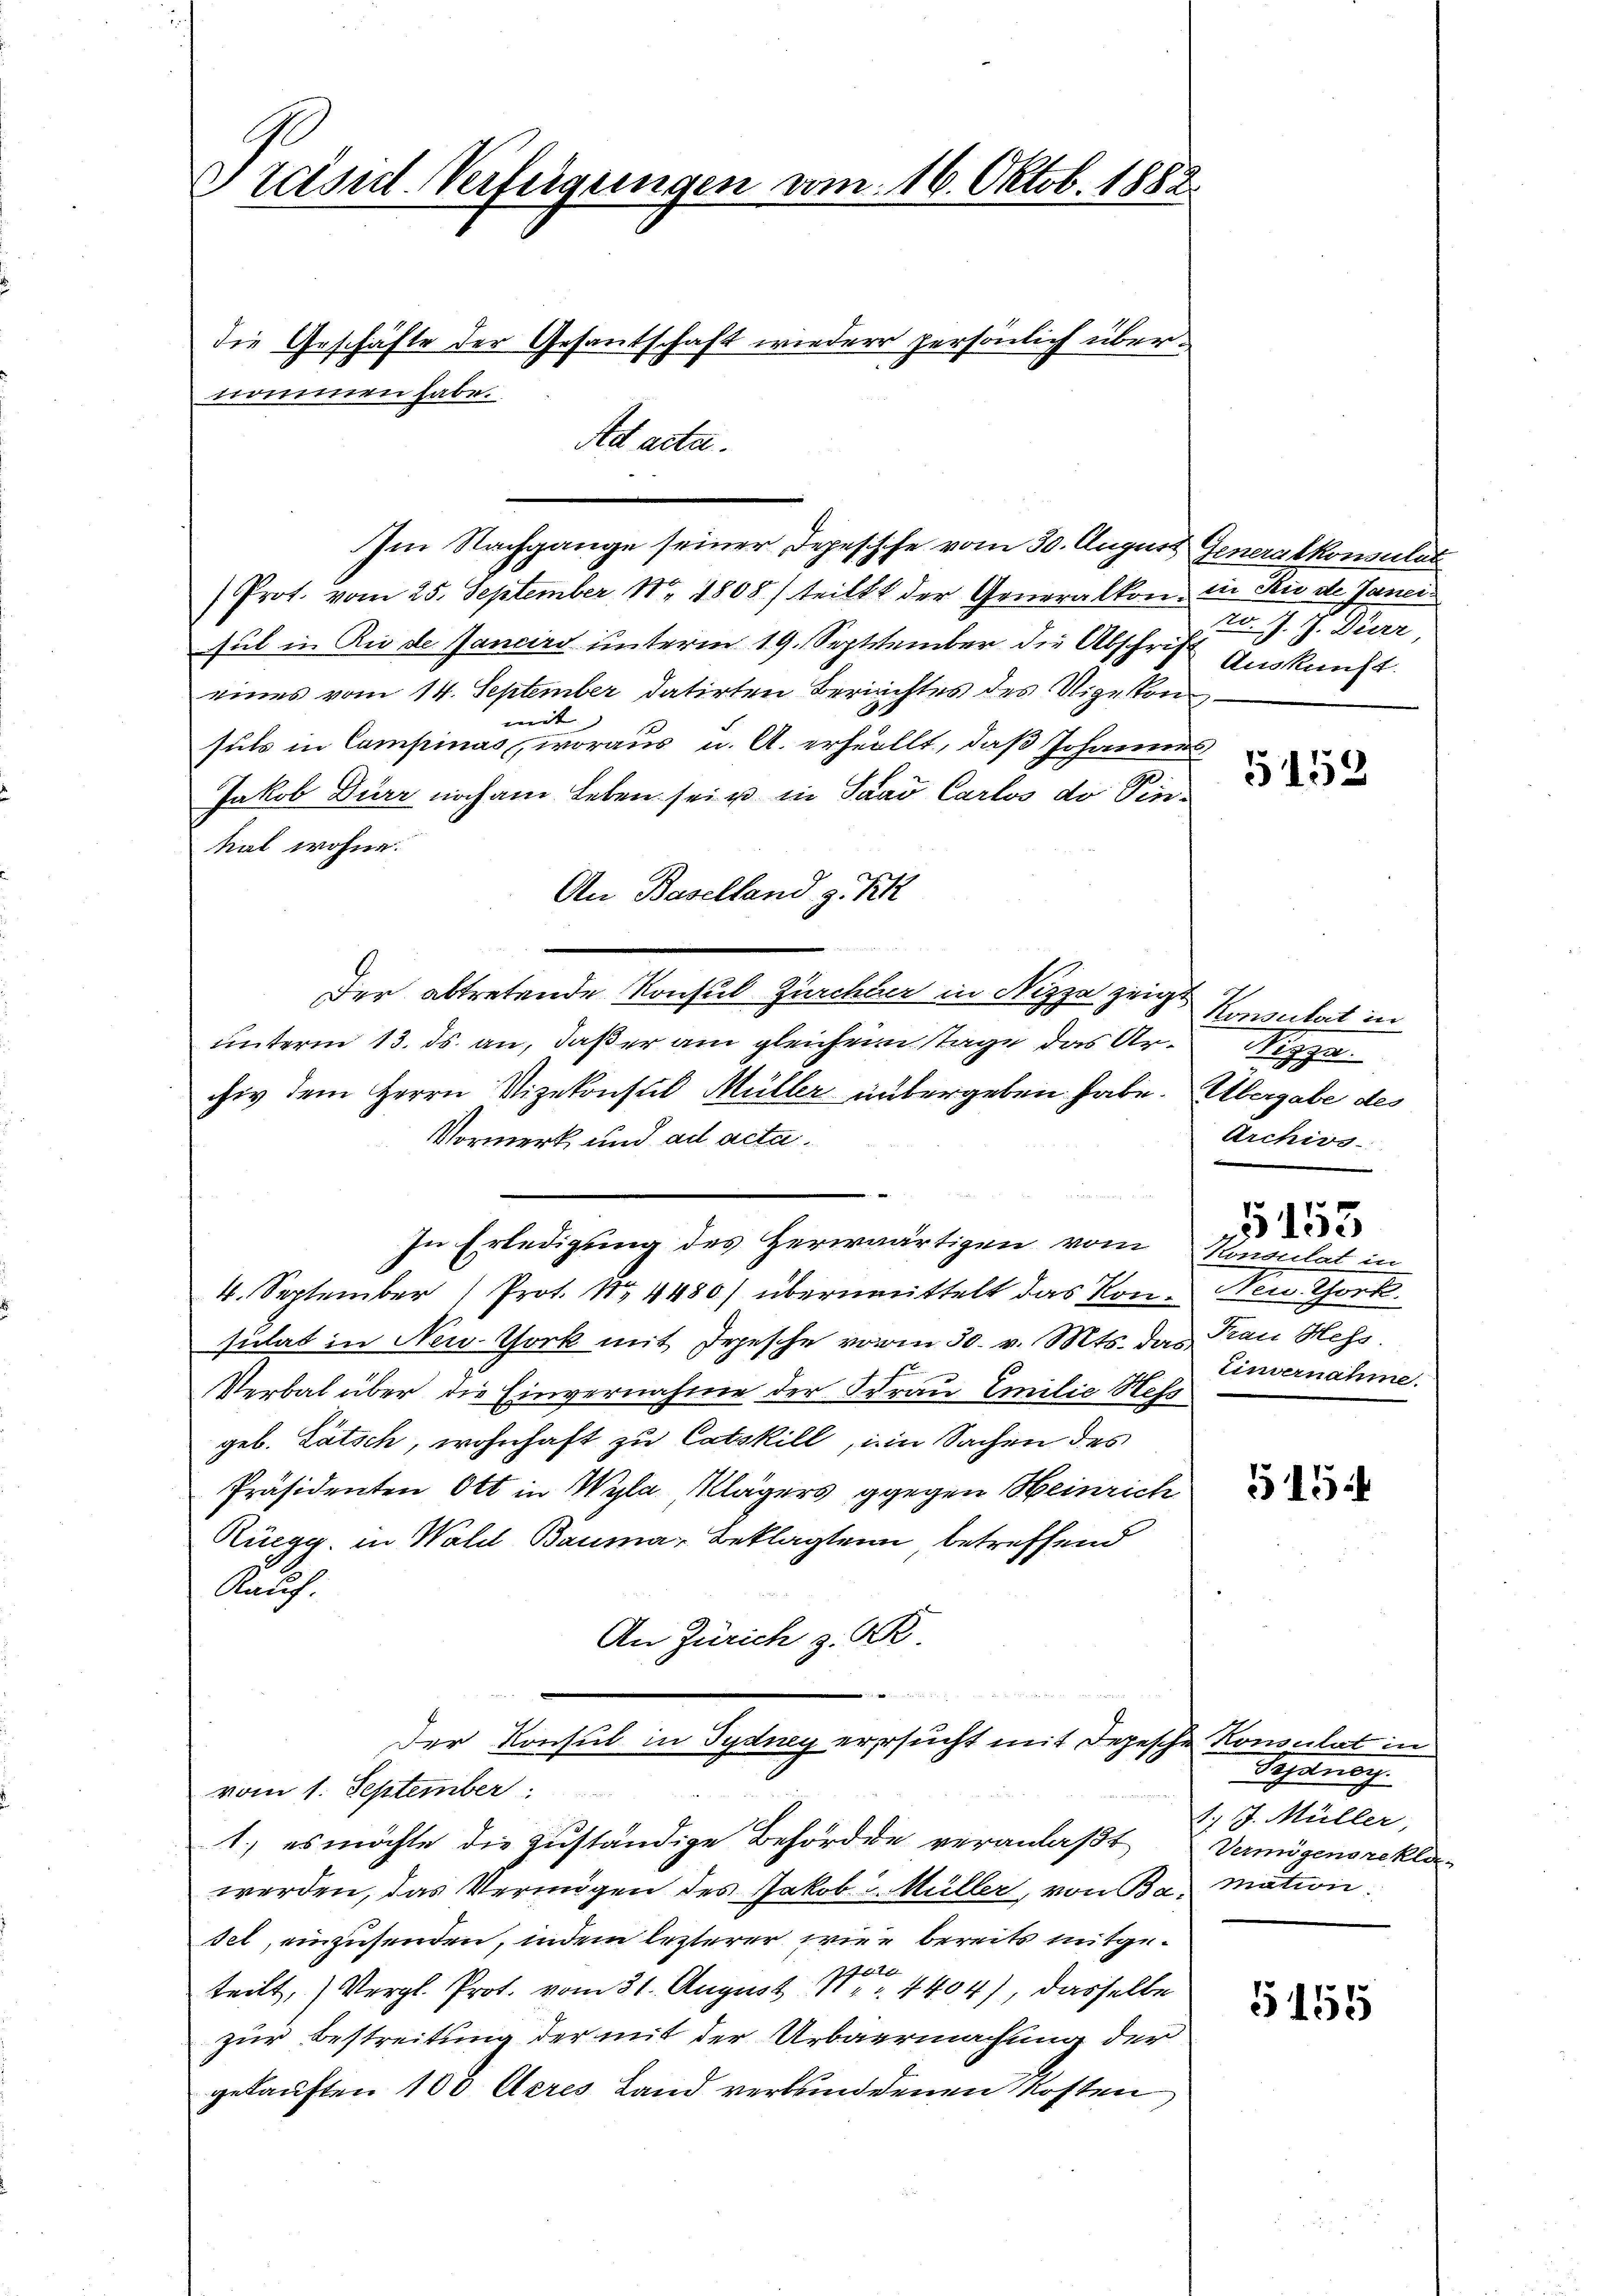
Gräsid. Verfügungen am 16. Oktob. 1882.

die Geschäfte der Gesantschaft wieder persönlich übernommen habe.
Ad acta.

Im Nachgange seiner Depesische vom 30. August Generalkonsulat
Prot. vom 25. September 18 1808) teilt der Generalkon in die de Janei
sul in Rede Jancirs unterm 19. September die Abschrift Auskunft.
eines vom 14. September datirten Berichtes des Nigekonmit |
suls in Campinas, woraus u. A. erhellt, daß Johannes
Jakob Dürr noch am Leben sei u in Saad Carlos do Pinkal wohne.
An Baselland z. Frk.
Der abtretende Konsul Zürchter in Nizza zeigt, Konsulat in
unterm 13. ds. an, daß er am gleichem Tage das Archiv dem Herrn Vizekonsul Müller untergeben habe. Übergabe des
Vormerk und ad acta.
In Erledigung des Herwärtigen vom
4. September (Prot. No 4480/ übermittelt das Kon- Neu. Thork
sulat in New York mit Irgesche vom 30. v. Mts. das Frau Mess
Verbal über die Einvernahme der Frau Emilie Hess
geb. Lätsch, wohnhaft zu Catskill, im Sachen des
Präsidenten Ott in Wyla Klägers gegen Heinrich
Rüegg, in Wald Bauma, Beklagten betreffend
Kauf.
An Zürich z. B.

Der Konsul in Sydny ersucht mit Depesche Konsulat in
vom 1. September
1. es möchte die zuständige Behörde veranlaβt Vermögensreklawerden, das Vermögen des Jakob Müller, von Ba, mation.
set, einzusenden, indem lezterer wie bereits mitgeteilt, Vergl. Prot. vom 31. August 1. 4404), dasselbe
zur Bestreitung der mit der Urbaermachung der
gekauften 100 Arres Land verbundenen Kosten

rv. J. J. Dürr,

5159

Nizzer.
Archivs

Konsulat in
Einvernahme.

5153

515

Sehande
J. J. Müller,

5155